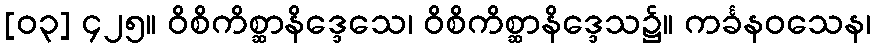
[၀၃] ၄၂၅။ ဝိစိကိစ္ဆာနိဒ္ဒေသေ၊ ဝိစိကိစ္ဆာနိဒ္ဒေသ၌။ ကင်္ခနဝသေန၊